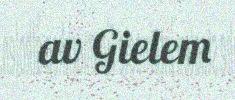
av Gielem